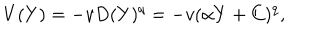
LaTeX: V ( Y ) = - v D ( Y ) ^ { q } = - v ( \alpha Y + C ) ^ { q } ,